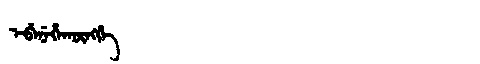
Manchu: ᡝᠪᡝᠨᡝᡥᠠᡴᡡᠩᡤᡝ
Romanization: EBENEHAKŪNGGE